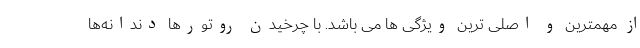
از مهمترین و اصلی ترین ویژگی ها می باشد. با چرخیدن روتورها دندانه‌ها